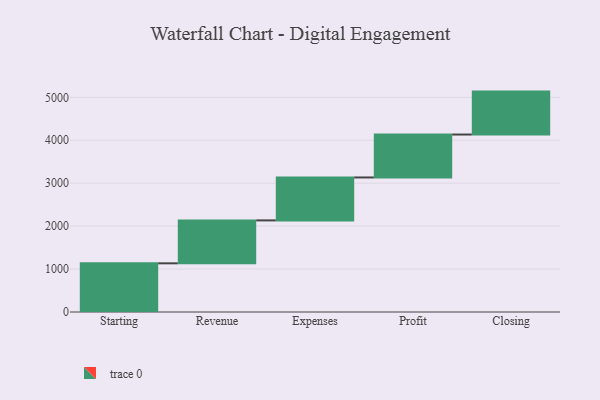
{"axis": {"x": "Step", "y": "Value"}, "legend": [""], "data": [{"x": "Starting", "y": 1134.0, "type": ""}, {"x": "Revenue", "y": 1000, "type": ""}, {"x": "Expenses", "y": 1000, "type": ""}, {"x": "Profit", "y": 1000, "type": ""}, {"x": "Closing", "y": 1000, "type": ""}]}